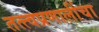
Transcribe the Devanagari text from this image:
तत्त्वप्रणालींचा